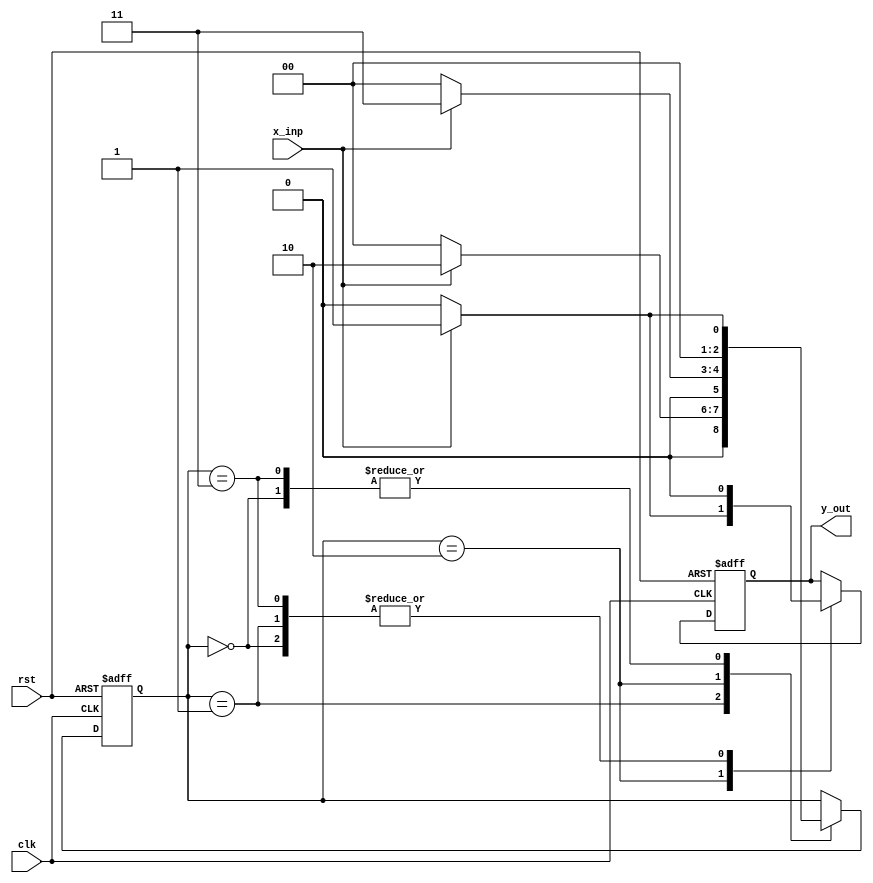
module mealy111(clk,rst,x_inp,y_out);                                                           // Module fpr  Question1
input clk,rst,x_inp;                                                                            // Declaring input variables
output y_out;                                                                                   // Declaring output variables
reg y_out;                                                                                      // Declaring reg variables
reg [2:0]state;                                                                                 // Declaring reg bus
parameter S0 =0,S1 = 1,S2 = 2,S3 = 3;                                                           // Decclaring four parameters
always@(posedge clk or posedge rst)                                                             // Start of 'always' block
begin
if (rst)                                                                                        // Condition for reset state
begin 
state = S0;
y_out = 0;
end
else 
case (state)                                                                                    // Start of 'case' block
S0:if (x_inp)                                                                                   // Code for determinig different states
begin
state  = S1;                
y_out = 0;
end
else 
begin
state = S0;
y_out = 0; 
end
S1:if (x_inp)
begin
state = S2;
y_out = 0;
end
else 
begin
state = S0;
y_out = 0; 
end
S2:if (x_inp)
begin
state  = S3;
y_out  = 1;
end
else 
begin
state = S0;
y_out = 0; 
end
S3:if (x_inp)
begin
state = S1;
y_out = 0;
end
else 
begin
state = S0;
y_out = 0; 
end 
endcase                                                                                          // End of 'case' block
end                                                                                              // End of 'always' block
endmodule                                                                                        // End of module





module q1_test_bench;                                                                              // Start of test bench
reg clk_t=0,rst_t=1,x_inp_t=0;                                                                   // Declaring the reg variables
wire y_out_t;                                          
mealy111 tb(clk_t,rst_t,x_inp_t,y_out_t);                                                        // Connecting theabove module to the test bench
always #5 clk_t=~clk_t;                                                                          // For alternates in clock
initial 
begin
$display("time = %g\t,x_inp =%b,y_out=%b,clk_t=%b,rst_t=%b",$time,x_inp_t,y_out_t,rst_t,clk_t);
clk_t = 0;
#5 rst_t = 0;                                                                                    // for input 0111011111100111111111
#10 x_inp_t =0;
#10 x_inp_t =1;
#10 x_inp_t =1;
#10 x_inp_t =1;
#10 x_inp_t =0;
#10 x_inp_t =1;
#10 x_inp_t =1;
#10 x_inp_t =1;
#10 x_inp_t =1;
#10 x_inp_t =1;
#10 x_inp_t =1;
#10 x_inp_t =0;
#10 x_inp_t =0;
#10 x_inp_t =1;
#10 x_inp_t =1;
#10 x_inp_t =1;
#10 x_inp_t =1;
#10 x_inp_t =1;
#10 x_inp_t =1;
#10 x_inp_t =1;
#10 x_inp_t =1;
#10 x_inp_t =1;
#200 $stop;                                                                                      // code runs for 200ns
end 
endmodule                                                                                        // End of test bench